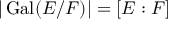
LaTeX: | \operatorname { G a l } ( E / F ) | = [ E : F ]